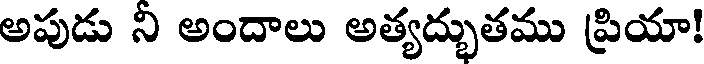
అపుడు ని అందాలు అత్యద్భుతము ప్రియా!